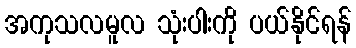
အကုသလမူလ သုံးပါးကို ပယ်နိုင်ရန်